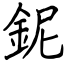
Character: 鈮